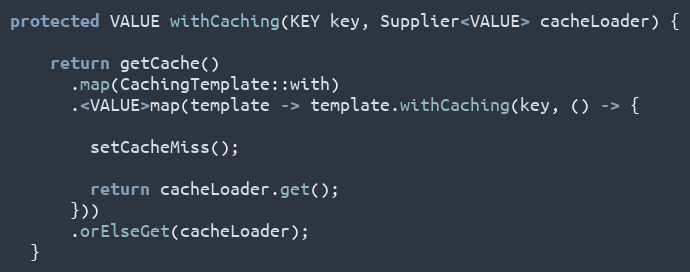
Language: Java
protected VALUE withCaching(KEY key, Supplier<VALUE> cacheLoader) {

    return getCache()
      .map(CachingTemplate::with)
      .<VALUE>map(template -> template.withCaching(key, () -> {

        setCacheMiss();

        return cacheLoader.get();
      }))
      .orElseGet(cacheLoader);
  }